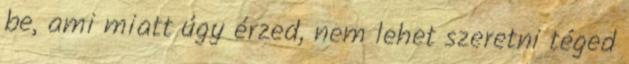
be, ami miatt úgy érzed, nem lehet szeretni téged